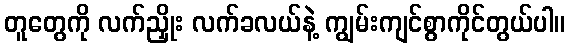
တူတွေကို လက်ညှိုး လက်ခလယ်နဲ့ ကျွမ်းကျင်စွာကိုင်တွယ်ပါ။